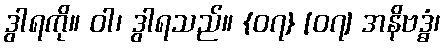
ဒွါရကို။ ဝါ၊ ဒွါရသည်။ {၀၇} [၀၇] အနိဗဒ္ဓံ၊